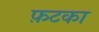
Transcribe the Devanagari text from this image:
फ़टका